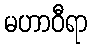
မဟာဝီရာ